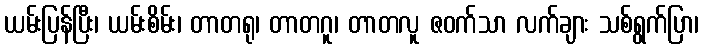
ယမ်းပြန်ပြီး၊ ယမ်းစိမ်း၊ တာတရု၊ တာတဂူ၊ တာတလူ ဇဝက်သာ လက်ချား သစ်ရွက်ပြာ၊